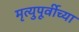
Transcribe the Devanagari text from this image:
मृत्युपूर्वीच्या